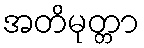
အတိမုတ္တာ